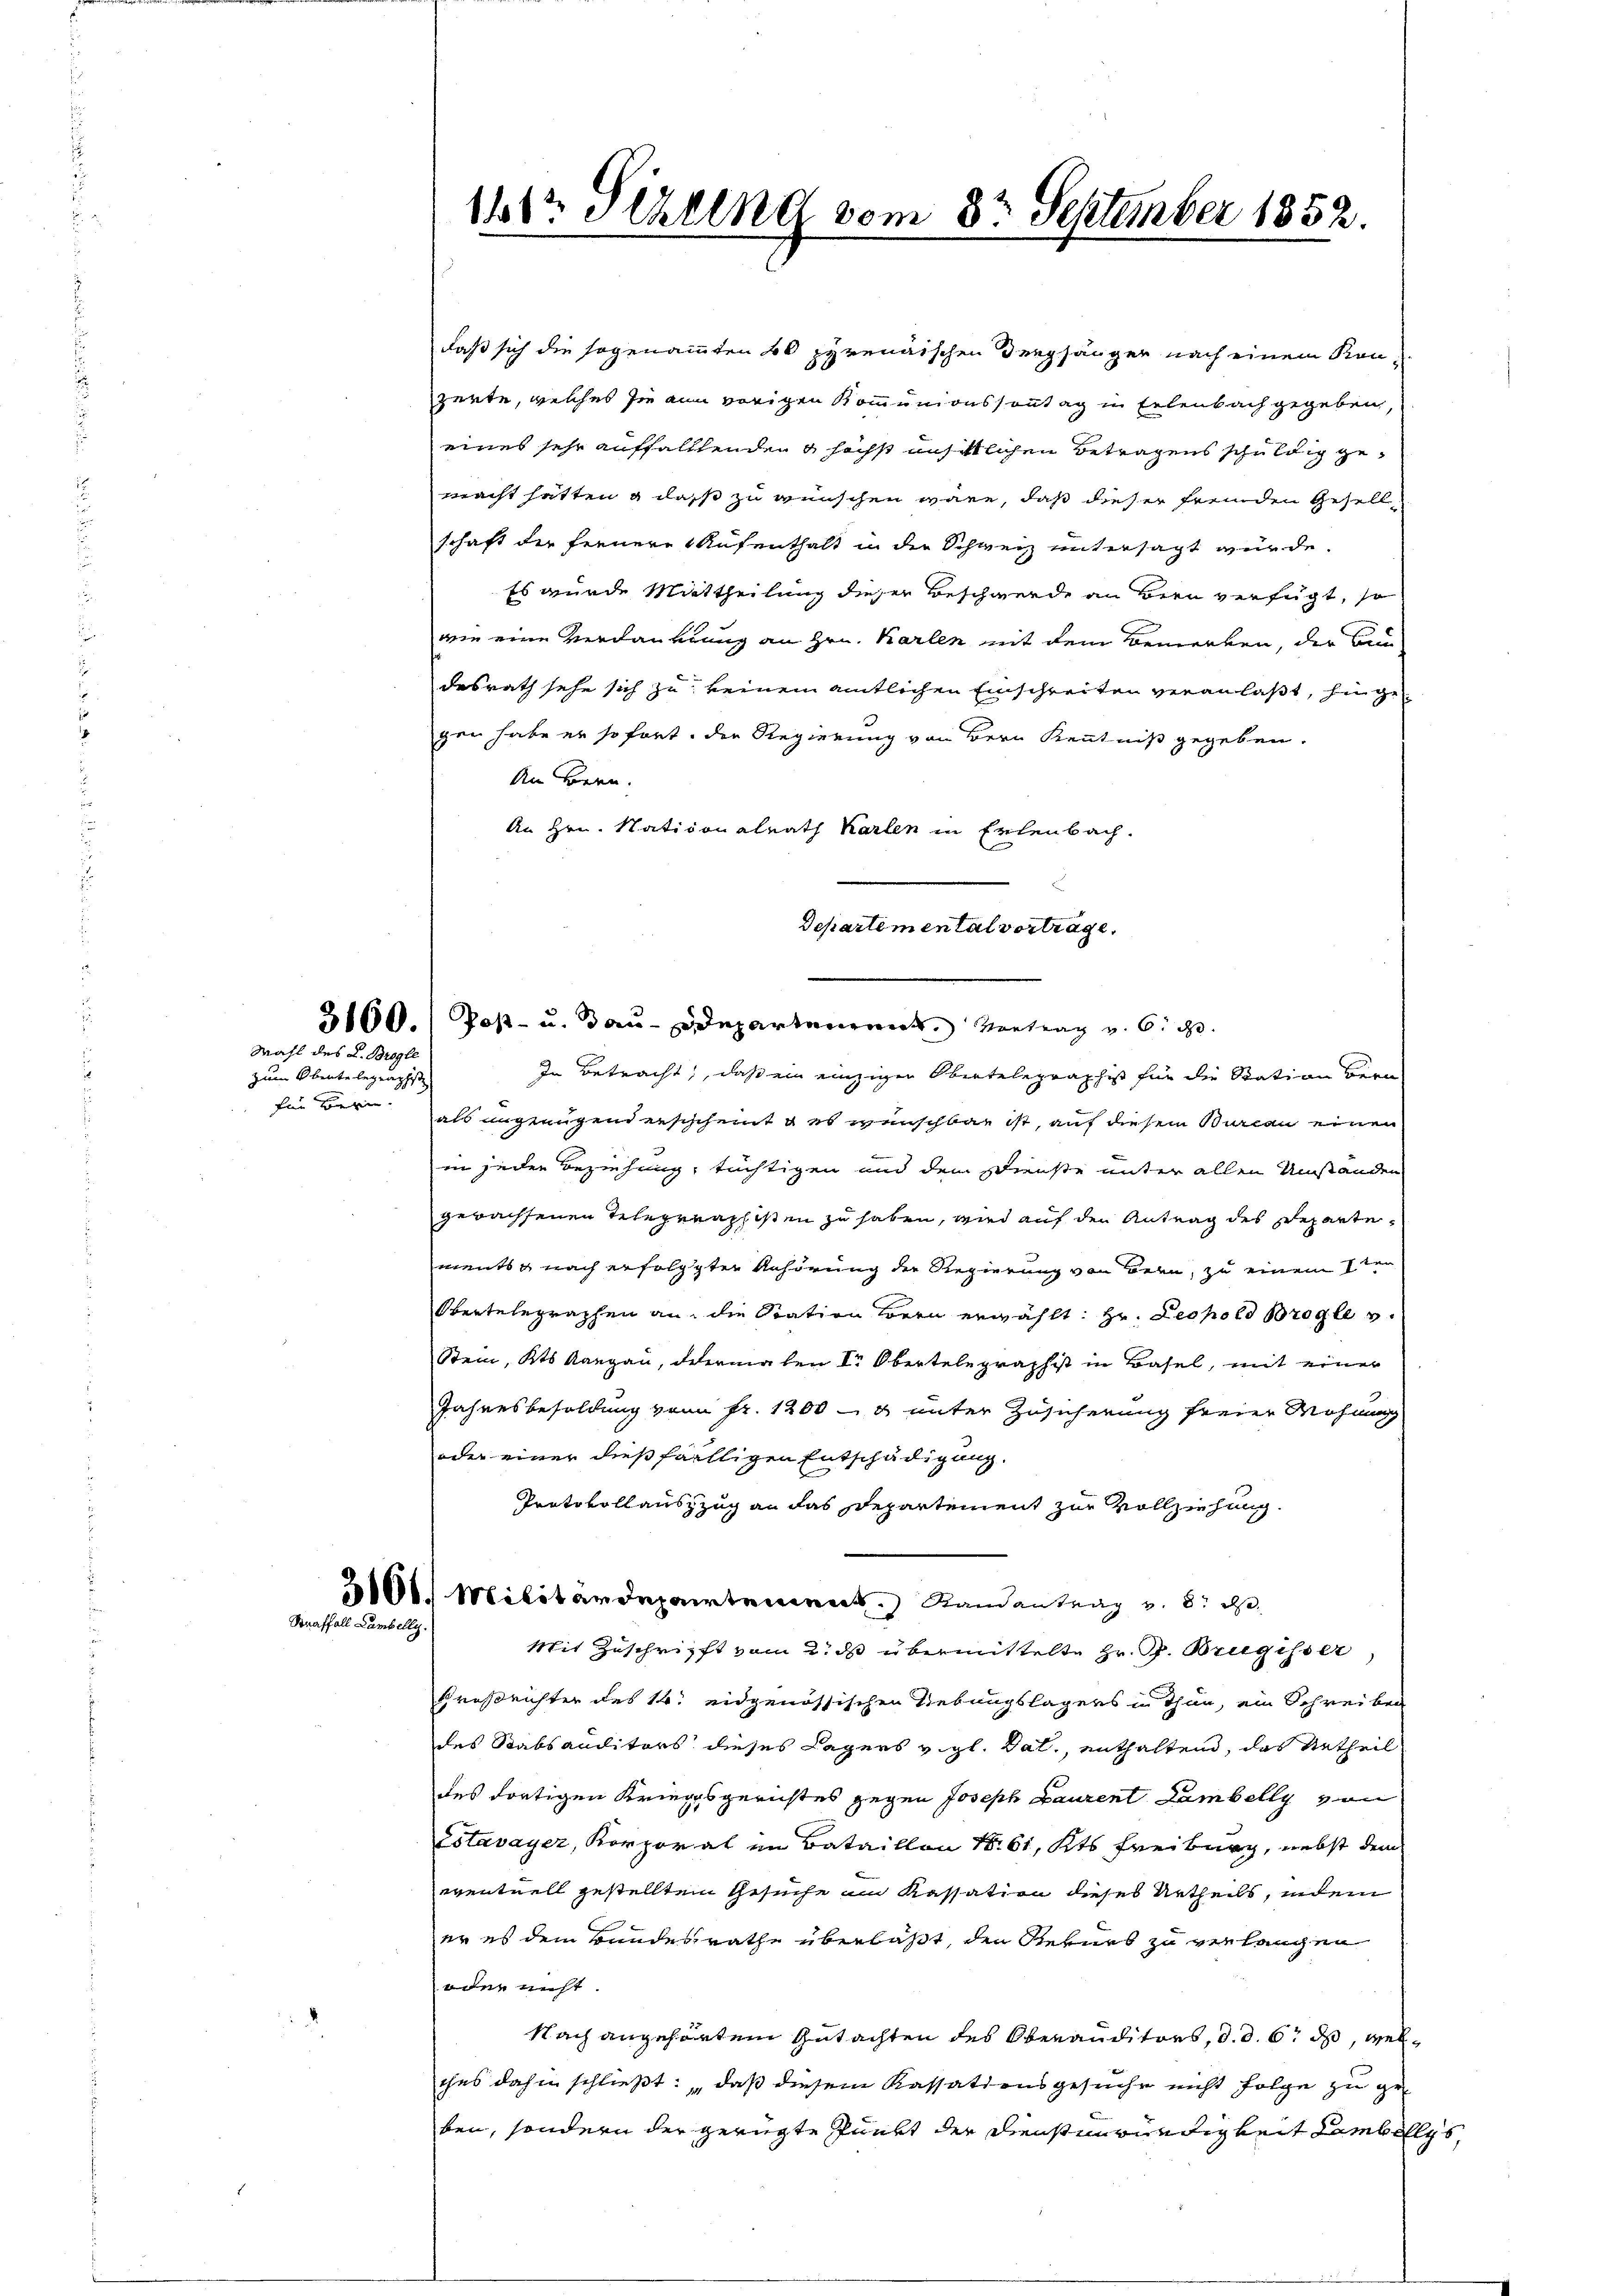
3160.
Mahl des L. Brogle

zum Obentelegraphist
für Bern

Straffall Lambelly.

14 Sekung vom 8te September 1852.

daß sich die sogenamten 20 pyrenäischen Verpfänger nach einem Kon-
zerte, welches sie ain vorigen Kommunionssonntag in Erlenbach gegeben,
eines sehr auffalltenden & höchst nichtlichen Betragens schuldig gemacht hatten g dass zu wünschen wäre, daß dieser fremden Gesellschaft der fernere Aufenthalt in der Schweiz untersagt wurde.
Es wurde Mittheilung dieser Beschwerde an Bern verfügt, so
wie eine Verdankung an Hrn. Karten mit dem Bemerken, der Au
desrath sehe sich zu keinem amtlichen Einschreiten veranlaßt, hingegen habe er sofort, die Regierung von Bern Kenntniß gegeben.
An Bern.
An Hrn. Nationalrath Karlen in Erlenbach.
Post- u. Bau-Departem Vortrag u. ic
In Betracht, daß ein einzigen Obertelegraphist für die Station Bern
als ungenügendersischeint u es wünschbar ist, auf diesem Bureau einen
in jeden Beziehung, tüchtigen und dem Dienste unter allen Umständen
gewachsenen Telegraphisten zu haben, wird auf den Antrag des Repartements nach erfolgten Anhörung der Regierung von Bern, zu einem 1ten
stertelegraphen an die Station Bern erwählt: Hr. Leopold Bregle
Stein, Kts. Aargau, dermalen Ir Obertelegraphist in Basel, mit einer
Jahresbesoldung von Fr. 1200 - 8 unter Zusicherung freier Wohnung
oder einer dießfälligen Entschädigung.
Protokollauszzug an das Departement zur Vollziehung.
2101. Militärdepartement. Randantrag v. 8. d.
Mit Zuschrift vom 2. ds übermittelte Hr. P. Brugisser,
Großrichter des 14. eidgenössischen Liebungslagers in Thun, ein Schreiben
des Stabsauditors dieses Lagers v. gl. Tal, enthaltend, das Urtheil
des dortigen Kriegsgerichtes gegen Joseph Baurent Lambelly von
Estavayer, Korporat im Bataillon 1861, Kts Freiburg, nebst dem
eventuell gestellten Gesuche an Kassation dieses Urtheils, indem
er es dem Bundesrathe überläßt, den Rekurs zu verlangen
oder nicht.
Nach angehörten Gutachten des Oberanditors, d. d. 6. ds, welches dahin schließt: „daß diesem Kassationsgesuche nicht folge zu ge
ben, sondern der gerügte Punkt der Dienstmündigkeit Lambell

Departemental vorträge.

5